Plague in India, 1896, 1897 - Volume 1
Year: 1896
Disease focus: Plague
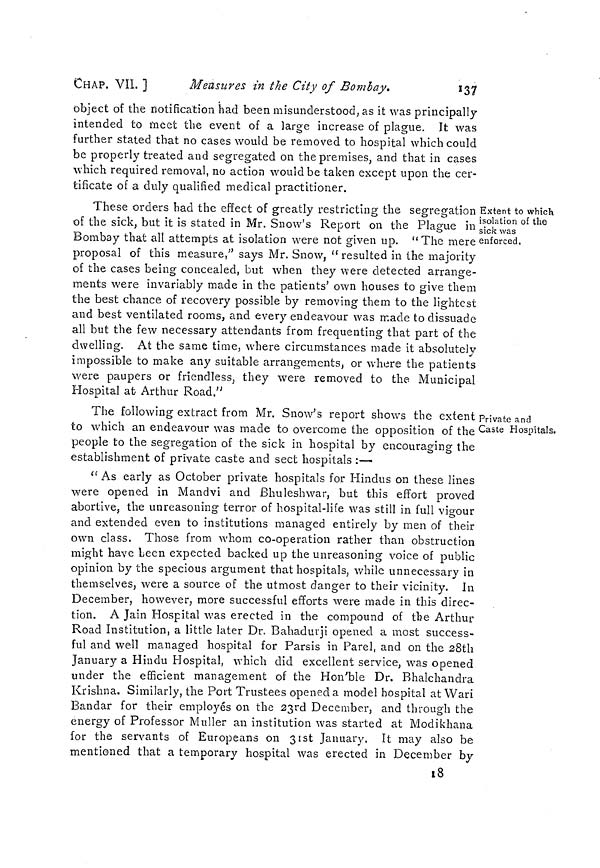
CHAP. VIL ]
Measures in the City of Bombay»
137
object of the notification had been misunderstood, as it was principally
intended to meet the event of a large increase of plague. It was
further stated that no cases would be removed to hospital which could
be properly treated and segregated on the premises, and that in cases
which required removal, no action would be taken except upon the cer-
tificate of a duly qualified medical practitioner.
Extent to which
isolation of the
sick was
enforced,
These orders bad the effect of greatly restricting the segregation
of the sick, but it is stated in Mr. Snow's Report on the Plague in
Bombay that all attempts at isolation were not given up. "The mere
proposal of this measure," says Mr. Snow, "resulted in the majority
of the cases being concealed, but when they were detected arrange-
ments were invariably made in the patients' own houses to give them
the best chance of recovery possible by removing them to the lightest
and best ventilated rooms, and every endeavour was made to dissuade
all but the few necessary attendants from frequenting that part of the
dwelling. At the same time, where circumstances made it absolutely
impossible to make any suitable arrangements, or where the patients
were paupers or friendless, they were removed to the Municipal
Hospital at- Arthur Road."
Private and
Caste Hospitals
The following extract from Mr. Snow's report shows the extent
to which an endeavour was made to overcome the opposition of the
people to the segregation of the sick in hospital by encouraging the
establishment of private caste and sect hospitals :—
"As early as October private hospitals for Hindus on these lines
were opened in Mandvi and Bhuleshwar, but this effort proved
abortive, the unreasoning terror of hospital-life was still in full vigour
and extended even to institutions managed entirely by men of their
own class. Those from whom co-operation rather than obstruction
might have leen expected backed up the unreasoning voice of public
opinion by the specious argument that hospitals, while unnecessary in
themselves, were a source of the utmost danger to their vicinity. In
December, however, more successful efforts were made in this direc-
tion. A Jain Hospital was erected in the compound of the Arthur
Road Institution, a little later Dr. Bahadurji opened a most success-
ful and well managed hospital for Parsis in Parel, and on the 28th
January a Hindu Hospital, which did excellent service, was opened
under the efficient management of the Hon'ble Dr. Bhalchandra
Krishna. Similarly, the Port Trustees opened a model hospital at Wari
Bandar for their employés on the 23rd December, and through the
energy of Professor Muller an institution was started at Modikhana
for the servants of Europeans on 31st January. It may also be
mentioned that a temporary hospital was erected in December by
18